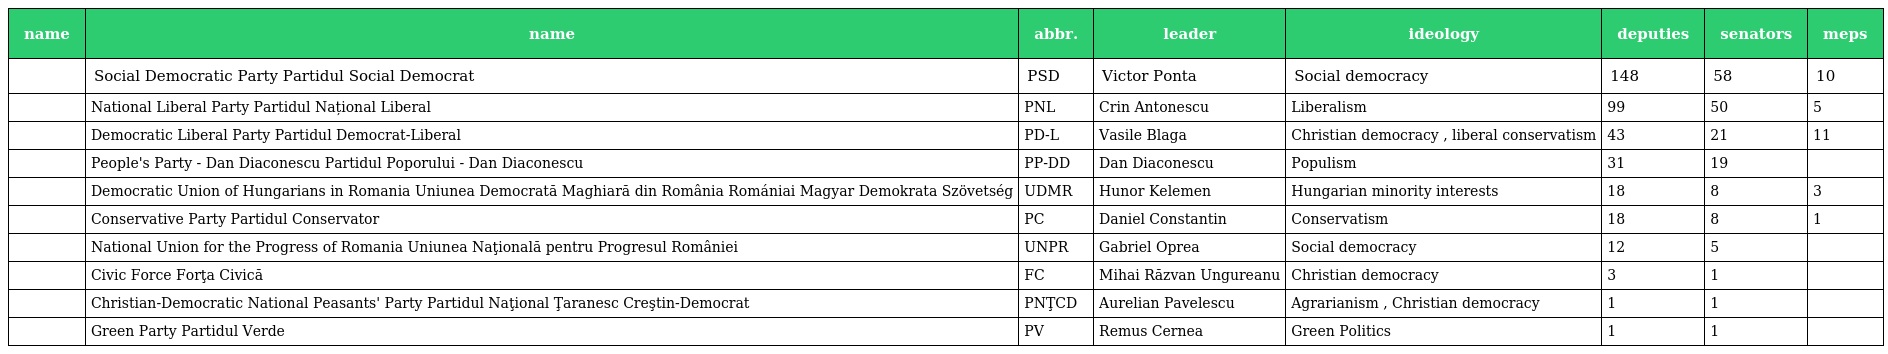
| name | name | abbr. | leader | ideology | deputies | senators | meps |
 | --- | --- | --- | --- | --- | --- | --- | --- |
 |  | Social Democratic Party Partidul Social Democrat | PSD | Victor Ponta | Social democracy | 148 | 58 | 10 |
 |  | National Liberal Party Partidul Național Liberal | PNL | Crin Antonescu | Liberalism | 99 | 50 | 5 |
 |  | Democratic Liberal Party Partidul Democrat-Liberal | PD-L | Vasile Blaga | Christian democracy , liberal conservatism | 43 | 21 | 11 |
 |  | People's Party - Dan Diaconescu Partidul Poporului - Dan Diaconescu | PP-DD | Dan Diaconescu | Populism | 31 | 19 |  |
 |  | Democratic Union of Hungarians in Romania Uniunea Democrată Maghiară din România Romániai Magyar Demokrata Szövetség | UDMR | Hunor Kelemen | Hungarian minority interests | 18 | 8 | 3 |
 |  | Conservative Party Partidul Conservator | PC | Daniel Constantin | Conservatism | 18 | 8 | 1 |
 |  | National Union for the Progress of Romania Uniunea Naţională pentru Progresul României | UNPR | Gabriel Oprea | Social democracy | 12 | 5 |  |
 |  | Civic Force Forţa Civică | FC | Mihai Răzvan Ungureanu | Christian democracy | 3 | 1 |  |
 |  | Christian-Democratic National Peasants' Party Partidul Naţional Ţaranesc Creştin-Democrat | PNŢCD | Aurelian Pavelescu | Agrarianism , Christian democracy | 1 | 1 |  |
 |  | Green Party Partidul Verde | PV | Remus Cernea | Green Politics | 1 | 1 |  |